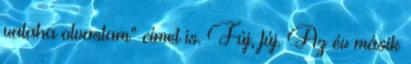
valaha olvastam” címet is. Fúj, fúj. Az év másik